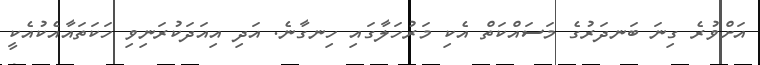
އަށްވުރެ ގިނަ ބަނދަރުގެ މަސައްކަތް އެކި މަރުހަލާގައި ހިނގާނެ. އަދި އިއަދަކުރަނިވި ހަކަތައާއެކުއެކީ